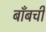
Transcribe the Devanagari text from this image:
बाँबची